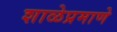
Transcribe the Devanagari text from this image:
शाळेप्रमाणे